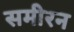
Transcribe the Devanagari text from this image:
समीरन